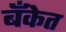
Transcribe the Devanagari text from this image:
बॅँकेत